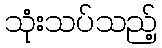
သုံးသပ်သည့်